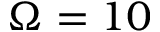
\Omega = 1 0